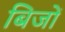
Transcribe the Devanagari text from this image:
बिजों